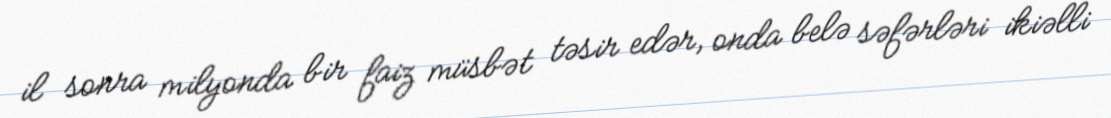
il sonra milyonda bir faiz müsbət təsir edər, onda belə səfərləri ikiəlli